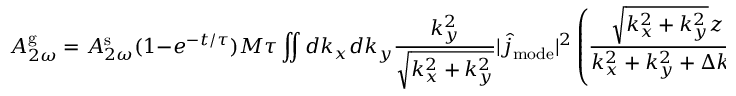
A _ { 2 \omega } ^ { \mathrm { g } } = A _ { 2 \omega } ^ { \mathrm { s } } ( 1 - e ^ { - t / \tau } ) M \tau \iint d k _ { x } d k _ { y } \frac { k _ { y } ^ { 2 } } { \sqrt { k _ { x } ^ { 2 } + k _ { y } ^ { 2 } } } | \hat { j } _ { \mathrm { m o d e } } | ^ { 2 } \left( \frac { \sqrt { k _ { x } ^ { 2 } + k _ { y } ^ { 2 } } z } { k _ { x } ^ { 2 } + k _ { y } ^ { 2 } + \Delta k ^ { 2 } } + \frac { 1 - e ^ { - \sqrt { k _ { x } ^ { 2 } + k _ { y } ^ { 2 } } z } e ^ { - i \Delta k z } } { 2 ( \sqrt { k _ { x } ^ { 2 } + k _ { y } ^ { 2 } } + i \Delta k ) ^ { 2 } } \right)